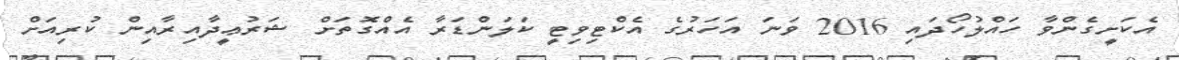
އެކަށީގެންވާ ހައްލުހޯދައި 2016 ވަނަ އަހަރުގެ އެކްޓިވިޓީ ކަލަންޑަރާ އެއްގޮތަށް ޝަރުޢީދާއިރާއިން ކުރިއަށް